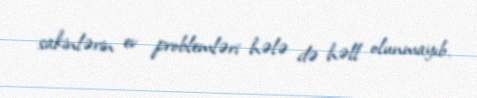
sakinlərin ev problemləri hələ də həll olunmayıb.